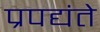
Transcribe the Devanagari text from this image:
प्रपद्यंते